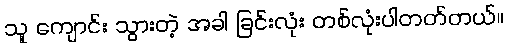
သူ ကျောင်း သွားတဲ့ အခါ ခြင်းလုံး တစ်လုံးပါတတ်တယ်။